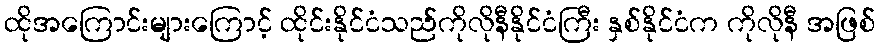
ထိုအကြောင်းများကြောင့် ထိုင်းနိုင်ငံသည်ကိုလိုနီနိုင်ငံကြီး နှစ်နိုင်ငံက ကိုလိုနီ အဖြစ်